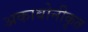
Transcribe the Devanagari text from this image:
अकाबोनीकृत